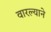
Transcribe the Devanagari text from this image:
वारल्याने